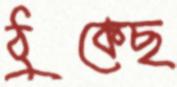
ঠুকেছ